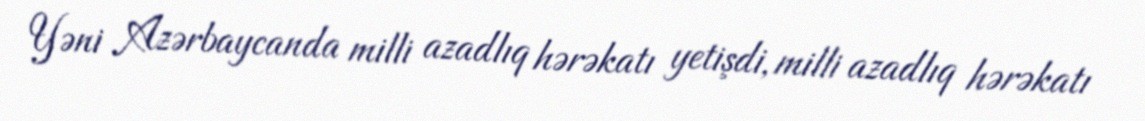
Yəni Azərbaycanda milli azadlıq hərəkatı yetişdi, milli azadlıq hərəkatı